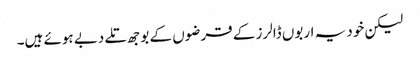
لیکن خود یہ اربوں ڈالرز کے قرضوں کے بوجھ تلے دبے ہوئے ہیں۔